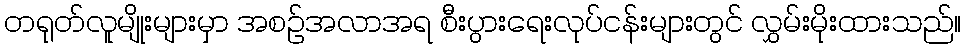
တရုတ်လူမျိုးများမှာ အစဉ်အလာအရ စီးပွားရေးလုပ်ငန်းများတွင် လွှမ်းမိုးထားသည်။